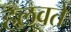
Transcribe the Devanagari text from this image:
हलवते